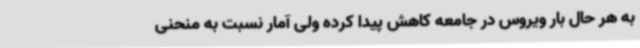
به هر حال بار ویروس در جامعه کاهش پیدا کرده ولی آمار نسبت به منحنی